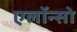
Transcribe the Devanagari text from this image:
एलॉन्सो